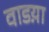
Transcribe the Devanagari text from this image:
वाडय़ा